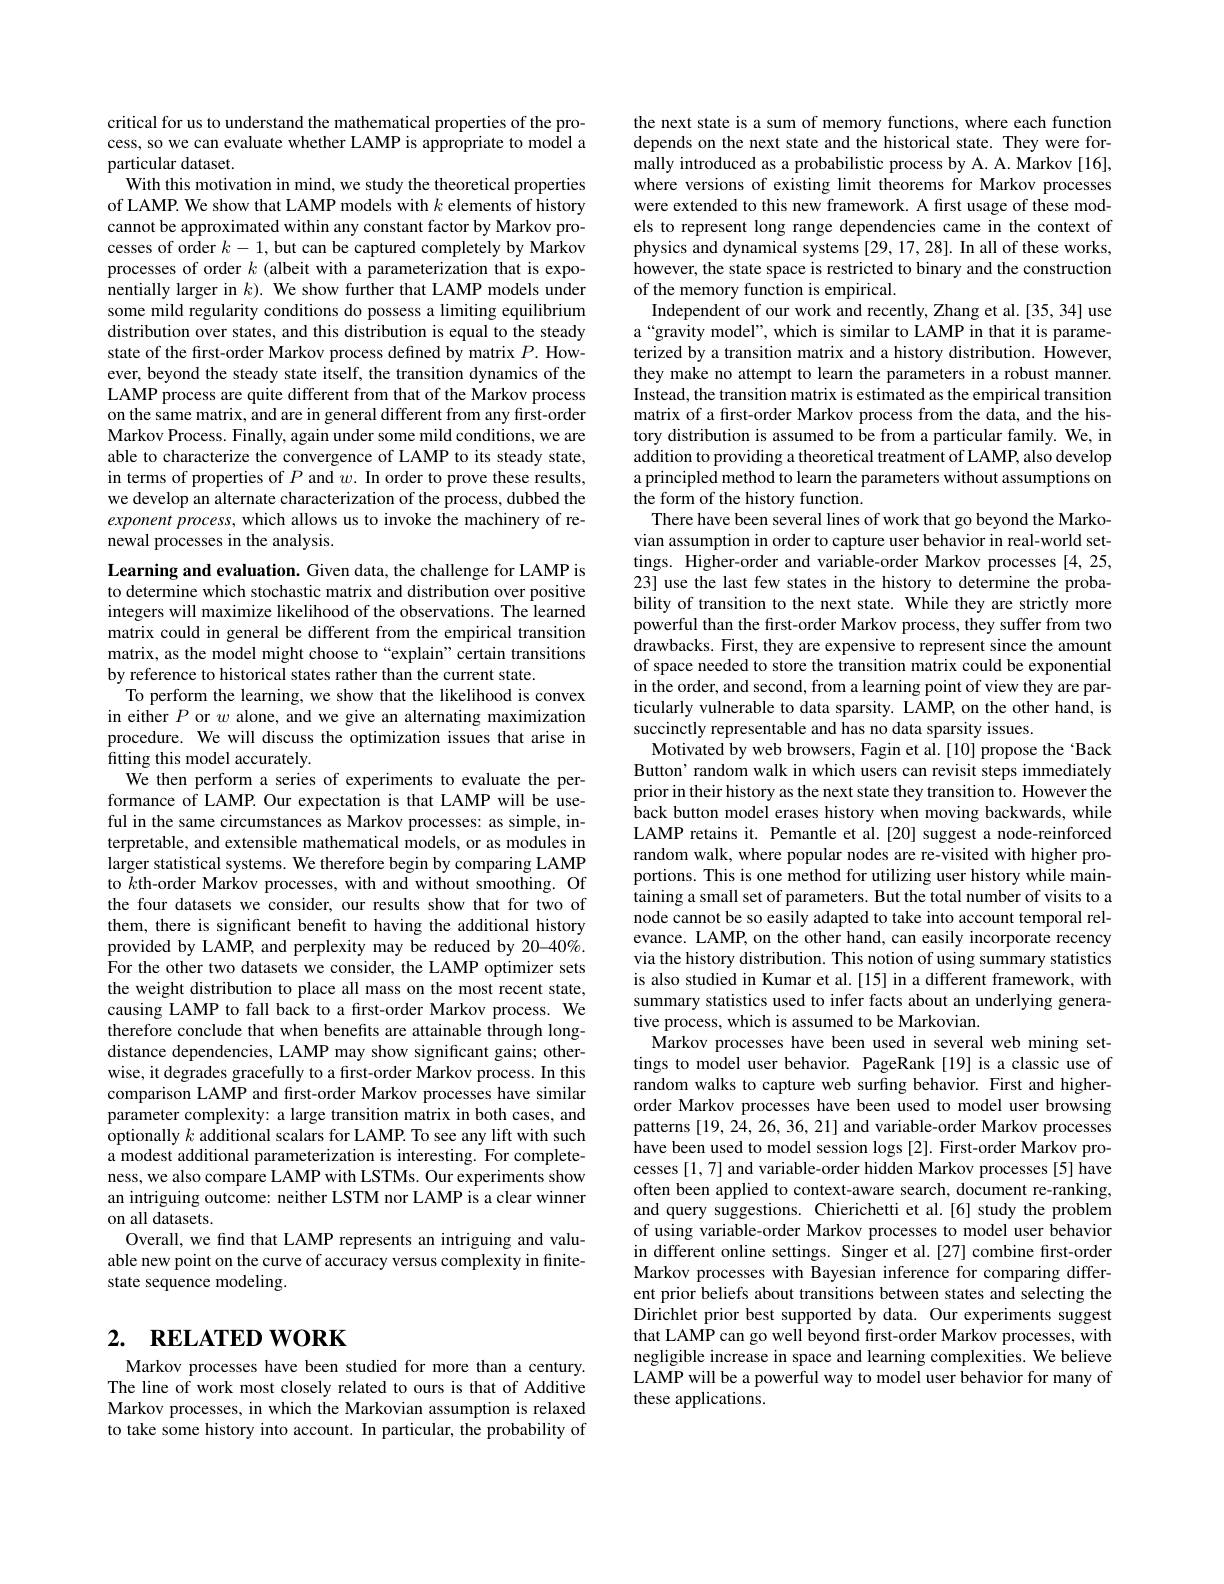
critical for us to understand the mathematical properties of the process, so we can evaluate whether LAMP is appropriate to model a particular dataset.
With this motivation in mind, we study the theoretical properties of LAMP. We show that LAMP models with $k$ elements of history cannot be approximated within any constant factor by Markov processes of order $k-1$, but can be captured completely by Markov processes of order $k$ (albeit with a parameterization that is exponentially larger in $k).$ We show further that LAMP models under some mild regularity conditions do possess a limiting equilibrium distribution over states, and this distribution is equal to the steady state of the first-order Markov process defined by matrix $P.$ However, beyond the steady state itself, the transition dynamics of the LAMP process are quite different from that of the Markov process on the same matrix, and are in general different from any first-order Markov Process. Finally, again under some mild conditions, we are able to characterize the convergence of LAMP to its steady state, in terms of properties of $P$ and $w. \textbf{In order to prove these results, }$ we develop an alternate characterization of the process, dubbed the exponent process, which allows us to invoke the machinery of renewal processes in the analysis.

Learning and evaluation. Given data, the challenge for LAMP is to determine which stochastic matrix and distribution over positive integers will maximize likelihood of the observations. The learned matrix could in general be different from the empirical transition matrix, as the model might choose to“explain”certain transitions by reference to historical states rather than the current state.
To perform the learning, we show that the likelihood is convex in either $P$ or $w$ alone, and we give an alternating maximization procedure. We will discuss the optimization issues that arise in fitting this model accurately.
We then perform a series of experiments to evaluate the performance of LAMP. Our expectation is that LAMP will be useful in the same circumstances as Markov processes: as simple, interpretable, and extensible mathematical models, or as modules in larger statistical systems. We therefore begin by comparing LAMP to $k$th-order Markov processes, with and without smoothing. Of the four datasets we consider, our results show that for two of them, there is significant benefit to having the additional history provided by LAMP, and perplexity may be reduced by 20-40%. For the other two datasets we consider, the LAMP optimizer sets the weight distribution to place all mass on the most recent state, causing LAMP to fall back to a first-order Markov process. We therefore conclude that when benefits are attainable through longdistance dependencies, LAMP may show significant gains; otherwise, it degrades gracefully to a first-order Markov process. In this comparison LAMP and first-order Markov processes have similar parameter complexity: a large transition matrix in both cases, and optionally $k$ additional scalars for LAMP. To see any lift with such a modest additional parameterization is interesting. For completeness, we also compare LAMP with LSTMs. Our experiments show an intriguing outcome: neither LSTM nor LAMP is a clear winner on all $\tilde{\text{datasets}}.$
Overall, we find that LAMP represents an intriguing and valuable new point on the curve of accuracy versus complexity in finitestate sequence modeling.

# 2. RELATED WORK

Markov processes have been studied for more than a century. The line of work most closely related to ours is that of Additive Markov processes, in which the Markovian assumption is relaxed to take some history into account. In particular, the probability of

the next state is a sum of memory functions, where each function depends on the next state and the historical state. They were formally introduced as a probabilistic process by A. A. Markov [16], where versions of existing limit theorems for Markov processes were extended to this new framework. A first usage of these models to represent long range dependencies came in the context of physics and dynamical systems [29, 17, 28]. In all of these works, however, the state space is restricted to binary and the construction of the memory function is empirical.
Independent of our work and recently, Zhang et al.[35,34] use a“gravity model”, which is similar to LAMP in that it is parameterized by a transition matrix and a history distribution. However, they make no attempt to learn the parameters in a robust manner. Instead, the transition matrix is estimated as the empirical transition matrix of a first-order Markov process from the data, and the history distribution is assumed to be from a particular family. We, in addition to providing a theoretical treatment of LAMP, also develop a principled method to learn the parameters without assumptions on the form of the history function
There have been several lines of work that go beyond the Markovian assumption in order to capture user behavior in real-world settings. Higher-order and variable-order Markov processes [4,25, 23] use the last few states in the history to determine the probability of transition to the next state. While they are strictly more powerful than the first-order Markov process, they suffer from two drawbacks. First, they are expensive to represent since the amount of space needed to store the transition matrix could be exponential in the order, and second, from a learning point of view they are particularly vulnerable to data sparsity. LAMP, on the other hand, is succinctly representable and has no data sparsity issues.
Motivated by web browsers, Fagin et al.[10] propose the‘Back Button' random walk in which users can revisit steps immediately prior in their history as the next state they transition to. However the back button model erases history when moving backwards, while LAMP retains it. Pemantle et al.[20] suggest a node-reinforced random walk, where popular nodes are re-visited with higher proportions. This is one method for utilizing user history while maintaining a small set of parameters. But the total number of visits to a node cannot be so easily adapted to take into account temporal relevance. LAMP, on the other hand, can easily incorporate recency via the history distribution. This notion of using summary statistics is also studied in Kumar et al.[15] in a different framework, with summary statistics used to infer facts about an underlying generative process, which is assumed to be Markovian.
Markov processes have been used in several web mining settings to model user behavior. PageRank [19] is a classic use of random walks to capture web surfing behavior. First and higherorder Markov processes have been used to model user browsing patterns [19,24,26,36,21] and variable-order Markov processes have been used to model session logs [2]. First-order Markov processes [1,7] and variable-order hidden Markov processes [5] have often been applied to context-aware search, document re-ranking, and query suggestions. Chierichetti et al.[6] study the problem of using variable-order Markov processes to model user behavior in different online settings. Singer et al.[27] combine first-order Markov processes with Bayesian inference for comparing different prior beliefs about transitions between states and selecting the Dirichlet prior best supported by data. Our experiments suggest that LAMP can go well beyond first-order Markov processes, with negligible increase in space and learning complexities. We believe LAMP will be a powerful way to model user behavior for many of these applications.